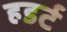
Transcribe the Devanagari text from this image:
हडर्ट